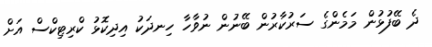
ދެ ބޭފުޅުން މަމެންގެ ސަރުކާރުން ބޭނުން ނުވާހާ ހިނދަކު އިދިކޮޅު ކްރިޓިކްސް އަށް